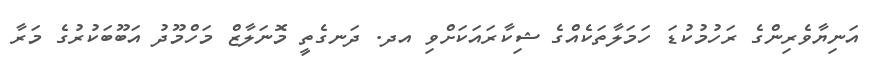
އަނިޔާވެރިންގެ ރަހުމުކުޑަ ހަމަލާތަކެއްގެ ޝިކާރައަކަށްވި އދ. ދަނގެތީ މޮނަލާޒް މަހްމޫދު އަބޫބަކުރުގެ މަރާ